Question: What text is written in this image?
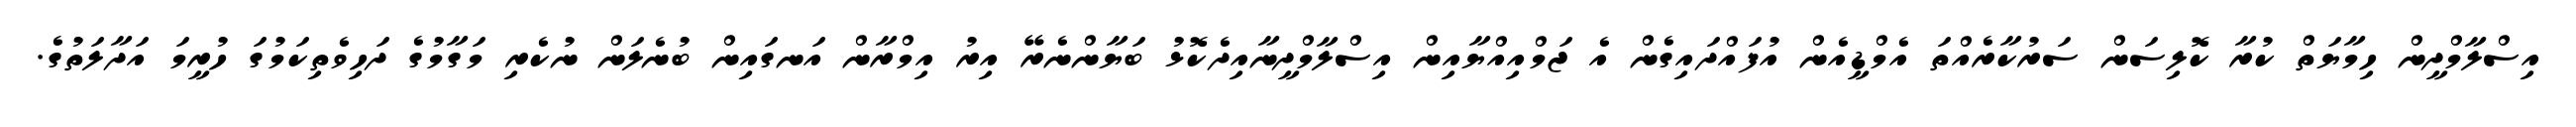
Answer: އިސްލާމްދީން ހިމާޔަތް ކުރާ ކޮލިސަން ސަރުކާރެއްތަ އެމްޑީއެން އުފައްދައިގެން އެ ޖަމްއިއްޔާއިން އިސްލާމްދީނާއިދެކޮޅު ބަޔާންނެރޭ އިރު އިމްރާން އަނގައިން ބުނެލަން ނުކެރި މަގާމުގެ ދަހިވެތިކަމުގަ ހުރީމަ އަދާލަތުގެ.